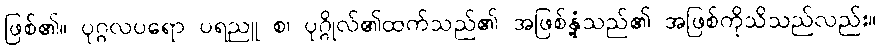
ဖြစ်၏။ ပုဂ္ဂလပရော ပရညူ စ၊ ပုဂ္ဂိုလ်၏ထက်သည်၏ အဖြစ်နှုံ့သည်၏ အဖြစ်ကိုသိသည်လည်း။